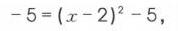
\(-5=(x - 2)^2-5\)